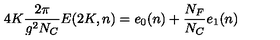
4 K \frac { 2 \pi } { g ^ { 2 } N _ { C } } E ( 2 K , n ) = e _ { 0 } ( n ) + \frac { N _ { F } } { N _ { C } } e _ { 1 } ( n )